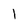
Character: l